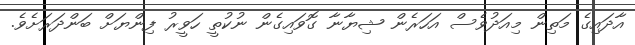
އާދައިގެ މަތިން މިއަދުވެސް އަހަރެން ޝިޔާނާ ގޮވައިގެން ނުކުތީ ހަވީރު ފިންޔަށް ބަންދަރަށެވެ.